Indian Medical Review
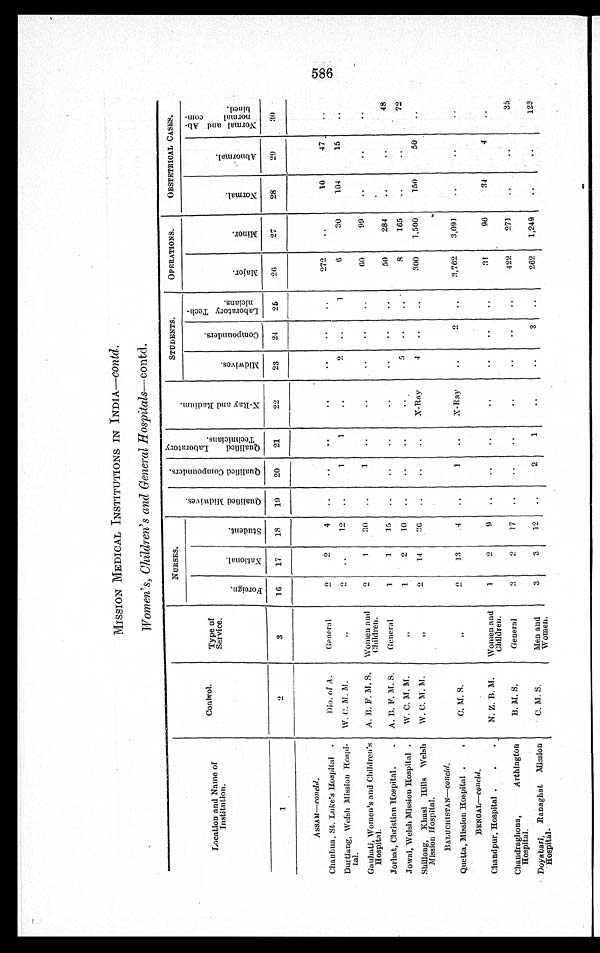
MISSION MEDICAL INSTITUTIONS IN INDIA—Contd.
Women's, Children's and General Hospitals—contd.
Location and Name of
I n s t i t u t i o n .
Control.
Type of
Service.
NURSES.
Q u a l i f i e d M i d w i v e s .
Q u a l i f i e d C o m p o u n d e r s . Q u a l i f i e d L a b o u r a t o r y T e c h n i c i a n s .
X - r a y a n d R a d i u m .
STUDENTS.
OPERATIONS.
OBSTETRICAL CASES.
F o r e i g n . N a t i o n a l .
S t u d e n t
M i d w i v e s .
C o m p o u n d e r s .
L a b o r a t o r y T e c h n i c i a n s .
M a j o r .
M i n o r .
N o r m a l .
A b n o r m a l .
N o r m a l a n d A b n o r m a l c o m p a i n e d .
1
2
3
16 17 18 19 20 21
22
23 24 25 26
2 7
28
29
3 0
AS S A M —c o n c l d .
Chaubua, St. Luke's Hospital
Dio. of A.
Gener al
2 2 4
272
10
47
Durtlang,W e l s h
M i s s i o n H o s p i -
t a l .
W. C. M. M.
"
2
12
1 1
2
1
6
30 104
15
Gauhati, Women' s and Children' s
Hospital.
A. B. F. M. S. Women and
Children.
2
1 30
1
60
99
Jorhat, Christian Hospital
A. B. F. M. S.
Gener al
1
1. 15
50 284
4 8
Jowai, Welsh Mission Hospital
W. C. M. M.
1 2 10
5
8 165
72
Shillong, Khasi Hills Welsh
M i s s i o n H o s p i t a l .
W. C. M. M.
"
2 14 36
X-Ray
1
300 1,500 150
50
BALUCHISTAN—concl d.
Quetta, Mission Hospital
C. M. S.
"
2 13
4
1
X-Ray
2
3,762 3,091
BENGAL—concl d.
Chandpur, Hospital
N. Z. B. M. Women and
Children.
1
2 9
31
90
34
4
Chaudraghona, Arthington
Hospital.
B . M . S .
General
3 2 17
422 271
3 5
Doyabari, Ranaghat Mission
Hospital
C. M. S.
Men and
Women.
3 12
2 1 3 262 1,249
123